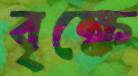
বৃক্ষে